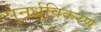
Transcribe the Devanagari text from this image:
पुनर्ध्रुविकरण